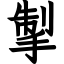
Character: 掣